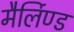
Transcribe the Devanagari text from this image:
मैर्लिण्ड